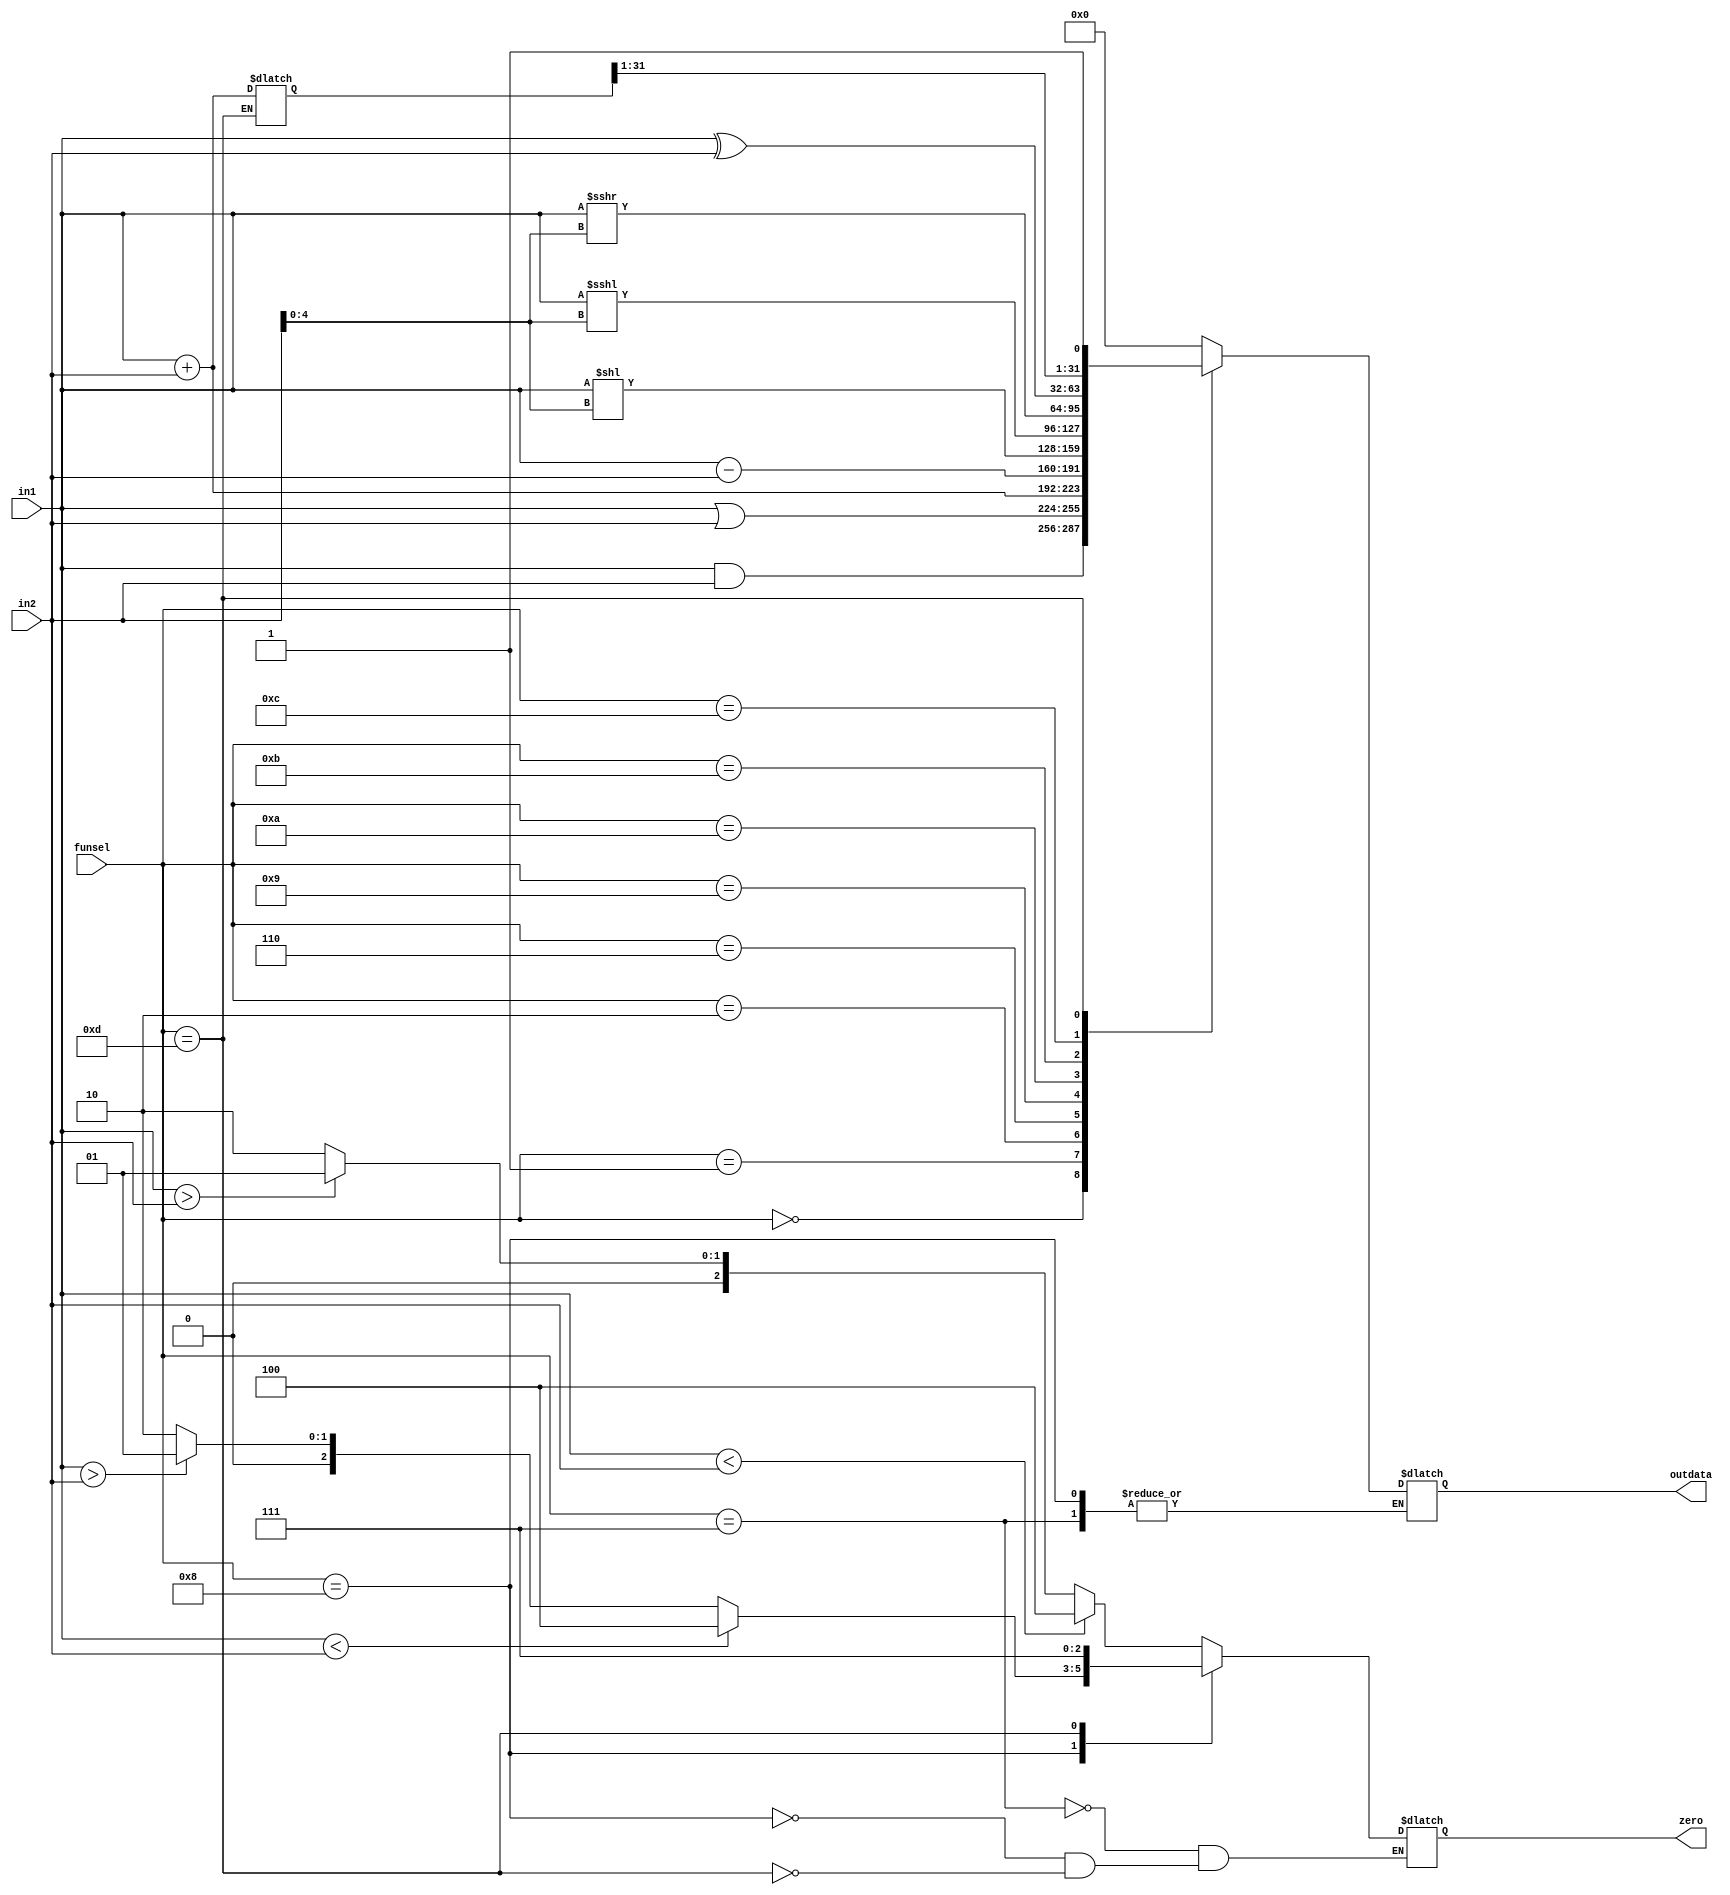
///////////////////////////////////////////////////////////////////////////////////////////////////
// Company: <Name>
//
// File history:
//      <Revision number>: <Date>: <Comments>
//      <Revision number>: <Date>: <Comments>
//      <Revision number>: <Date>: <Comments>
//
// Description: 
//
// <Description here>
//
// Targeted device: <Family::IGLOO2> <Die::M2GL025> <Package::256 VF>
//
/////////////////////////////////////////////////////////////////////////////////////////////////// 

//`timescale <time_units> / <precision>

module myALU( in1, in2,funsel, outdata, zero);
input[31:0] in1, in2;
input[3:0] funsel;
output[31:0] outdata;
output[2:0] zero;

reg[2:0] zero;
reg[31:0] outdata;
reg[31:0] buffer;

always @(*) begin
case(funsel)
    4'b0000:outdata<=($signed(in1)&$signed(in2));//and
    4'b0001:outdata<=($signed(in1)|$signed(in2));//or
    4'b0010:outdata<=($signed(in1)+$signed(in2));//add
    4'b0110:outdata<=($signed(in1)-$signed(in2));//sub
    4'b0111:zero<=$signed(in1) < $signed(in2)?3'b100:($signed(in1) > $signed(in2)?3'b001:3'b010);//comp
    4'b1000:zero<=in1<in2?3'b100:(in1>in2?3'b001:3'b010);//compU
    4'b1001:outdata<=(in1 << in2[4:0]);//ls
    4'b1010:outdata<=(in1 <<< in2[4:0]);//als
    4'b1011:outdata<=(in1 >>> in2[4:0]);//ars
    4'b1100:outdata<=in1^in2;//xor
    //
    4'b1101:begin zero<=3'b111;//for auipc
            buffer<=($signed(in1)+$signed(in2));
            outdata<={buffer[31:1],1'b1};
        end

    default:outdata<=32'h00000000;
endcase
end
//<statements>

endmodule